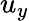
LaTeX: u_{y}